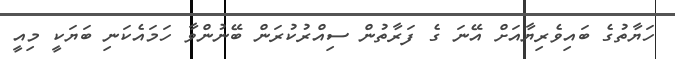
ހަޔާތުގެ ބައިވެރިޔާއަށް އޭނަ ގެ ފަރާތުން ސިއްރުކުރަން ބޭނުންވާ ހަމައެކަނި ބަޔަކީ މިއީ